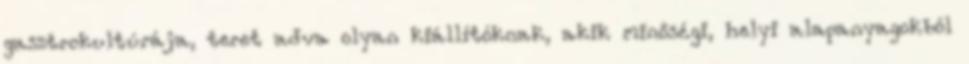
gasztrokultúrája, teret adva olyan kiállítóknak, akik minőségi, helyi alapanyagokból